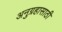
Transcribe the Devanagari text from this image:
अनुग्रहासाठी